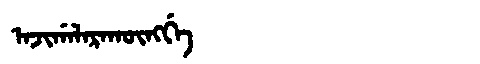
Manchu: ᠠᠵᡳᡤᠠᠯᠠᡵᠠᡴᡡᠩᡤᡝ
Romanization: AJIGALARAKŪNGGE